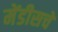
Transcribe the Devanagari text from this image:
मेंडीसचे